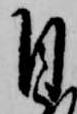
自